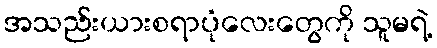
အသည်းယားစရာပုံလေးတွေကို သူမရဲ့